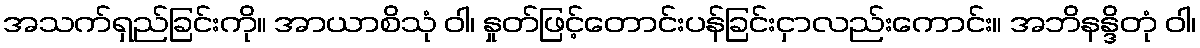
အသက်ရှည်ခြင်းကို။ အာယာစိသုံ ဝါ၊ နှုတ်ဖြင့်တောင်းပန်ခြင်းငှာလည်းကောင်း။ အဘိနန္ဒိတုံ ဝါ၊